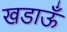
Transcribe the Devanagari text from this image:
खडाऊँ